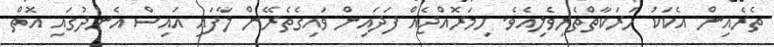
ތެރެއިން އެކަކު ހަރަކާތްތެރިވެލިއެވެ. ހިމަރޮއްޖެއް ފަދައިން ވައިގެތެރޭން ލާފައި އައިސް އެނދުގައި އޮތް